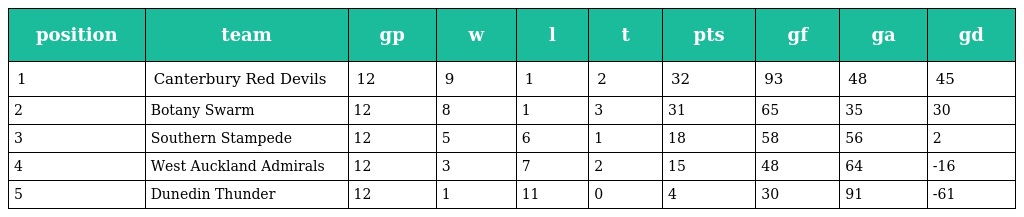
| position | team | gp | w | l | t | pts | gf | ga | gd |
 | --- | --- | --- | --- | --- | --- | --- | --- | --- | --- |
 | 1 | Canterbury Red Devils | 12 | 9 | 1 | 2 | 32 | 93 | 48 | 45 |
 | 2 | Botany Swarm | 12 | 8 | 1 | 3 | 31 | 65 | 35 | 30 |
 | 3 | Southern Stampede | 12 | 5 | 6 | 1 | 18 | 58 | 56 | 2 |
 | 4 | West Auckland Admirals | 12 | 3 | 7 | 2 | 15 | 48 | 64 | -16 |
 | 5 | Dunedin Thunder | 12 | 1 | 11 | 0 | 4 | 30 | 91 | -61 |